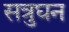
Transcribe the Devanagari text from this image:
सत्रुघन